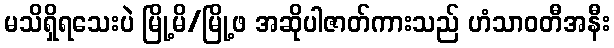
မသိရှိရသေးပဲ မြို့မိ/မြို့ဖ အဆိုပါဇာတ်ကားသည် ဟံသာဝတီအနီး